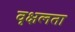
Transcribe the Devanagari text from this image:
वृक्षलता